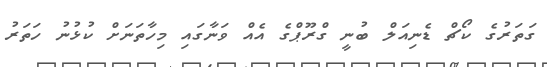
ގަތަރުގެ ކޯޗް ޑެނިއަލް ބުނީ ގްރޫޕްގެ އެއް ވަނާގައި މިހާތަނަށް ކުޅުނު ހަތަރު